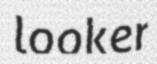
looker